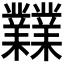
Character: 𪴨